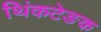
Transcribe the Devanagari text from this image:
थिंकटेङक